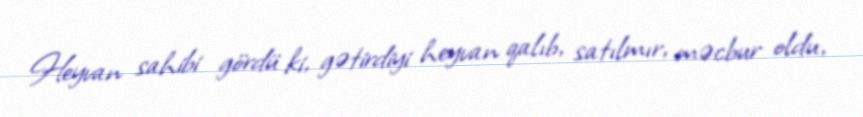
Heyvan sahibi gördü ki, gətirdiyi heyvan qalıb, satılmır, məcbur oldu,